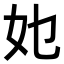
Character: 𭑫